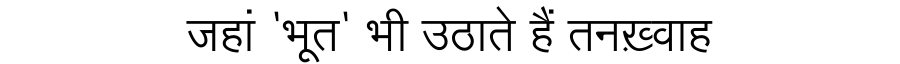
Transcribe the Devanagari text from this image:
जहां 'भूत' भी उठाते हैं तनख़्वाह